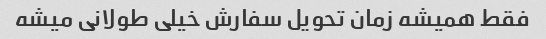
فقط همیشه زمان تحویل سفارش خیلی طولانی میشه